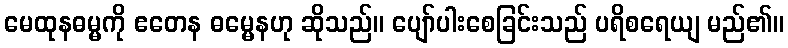
မေထုနဓမ္မကို ဧတေန ဓမ္မေနဟု ဆိုသည်။ ပျော်ပါးစေခြင်းသည် ပရိစရေယျ မည်၏။